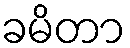
ခမိတာ